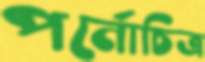
পর্নোচিত্র